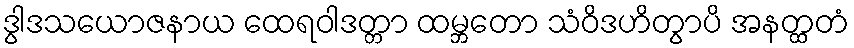
ဒွါဒသယောဇနာယ ထေရဝါဒတ္တာ ထမ္ဘတော သံဝိဒဟိတွာပိ အနတ္ထတံ